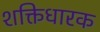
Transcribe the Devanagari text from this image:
शक्तिधारक